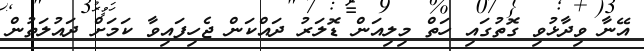
އޭނާ ވިދާޅުވި ގޮތުގައި ހަތް މިލިއަން ޑޮލަރު ދައްކަން ޖެހިފައިވާ ކަމަށް ދައުލަތުން